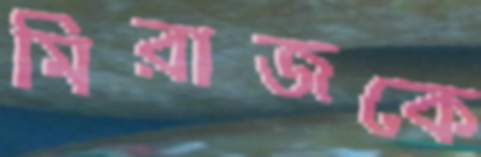
মিরাজকে